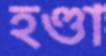
হণ্ডা